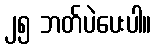
၂၅ ဘတ်ပဲပေးပါ။